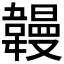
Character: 𫖏